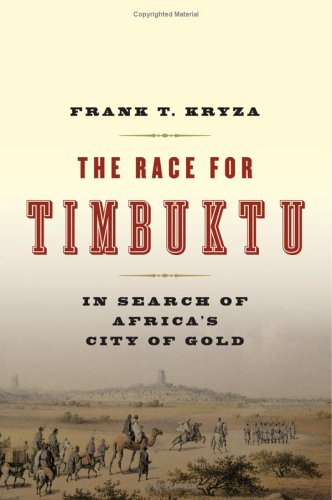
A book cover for The Race for Timbuktu: In Search of Africa's City of Gold; Frank T. Kryza; Travel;